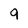
Character: 9